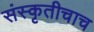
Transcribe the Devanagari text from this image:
संस्कृतीचाच